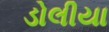
ડોલીયા